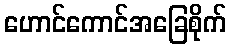
ဟောင်ကောင်အခြေစိုက်